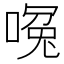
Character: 𪡶